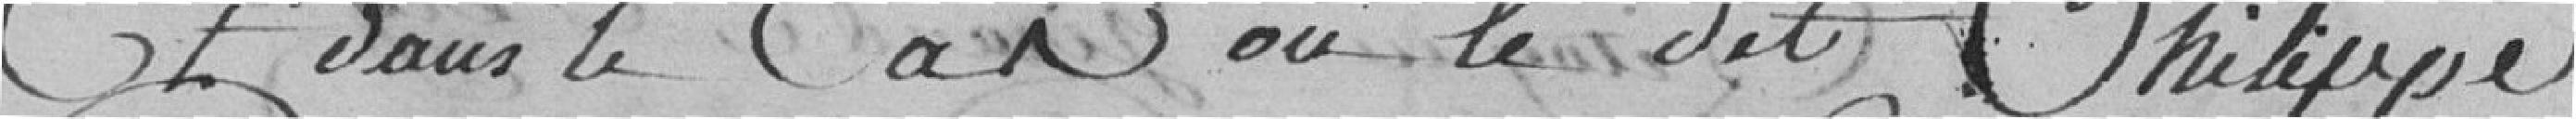
Et dans le cas où le dit Philippe